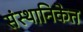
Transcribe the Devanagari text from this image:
संस्थानिकेत